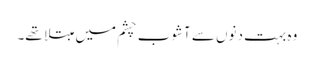
وہ بہت دنوں سے آشوب چشم میں مبتلا تھے۔